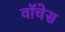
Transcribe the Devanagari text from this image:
वॉचेस